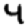
Digit: 4